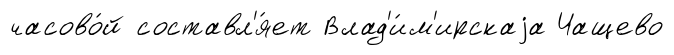
часово́й составл'я́ет Влад'и́м'ирскаjа Чащево